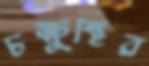
চক্ষুস্থির